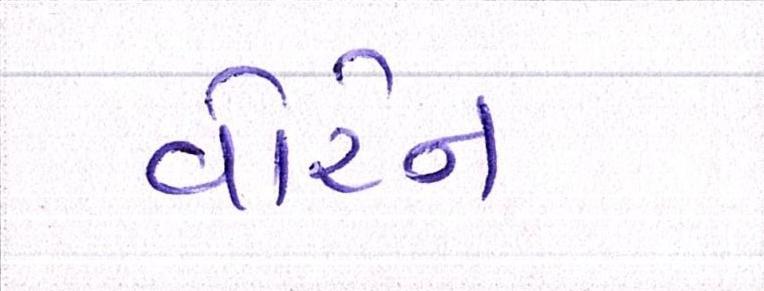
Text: વોરેન